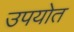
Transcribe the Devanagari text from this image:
उपयोत